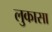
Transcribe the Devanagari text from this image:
लुकासा